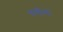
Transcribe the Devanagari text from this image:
चवींचा